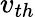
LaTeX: v_{th}